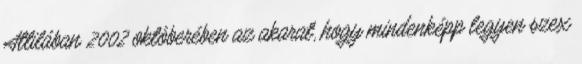
Attilában 2002 októberében az akarat, hogy mindenképp legyen szex